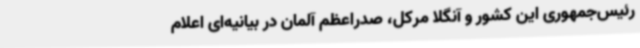
رئیس‌جمهوری این کشور و آنگلا مرکل، صدراعظم آلمان در بیانیه‌ای اعلام